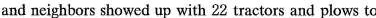
and neighbors showed up with 22 tractors and plows to